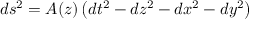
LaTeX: d s ^ { 2 } = A ( z ) \left( d t ^ { 2 } - d z ^ { 2 } - d x ^ { 2 } - d y ^ { 2 } \right)